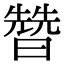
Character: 㬱